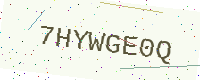
Text: 7HYWGE0Q